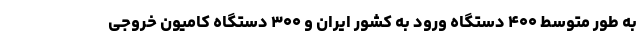
به طور متوسط ۴۰۰ دستگاه ورود به کشور ایران و ۳۰۰ دستگاه کامیون خروجی